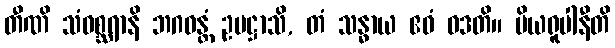
တီဏိ သံဝစ္ဆရာနိ ဘဂဝန္တံ ဥပဋ္ဌာသိ, တံ သန္ဓာယ ဧဝံ ဝဒတိ။ ပိယရူပါနီတိ